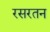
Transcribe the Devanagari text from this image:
रसरतन